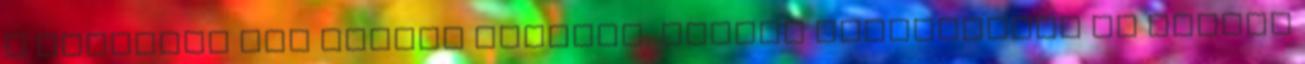
a hónapban nem vettem könyvet, hiszen karácsonyra is kaptam